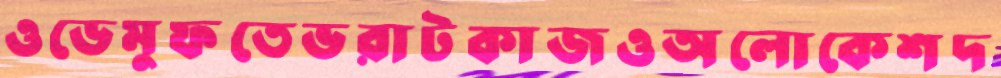
ওডেমুফতেভরাটকাজওঅলোকেশদ